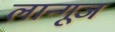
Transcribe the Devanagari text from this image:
लान्गूज